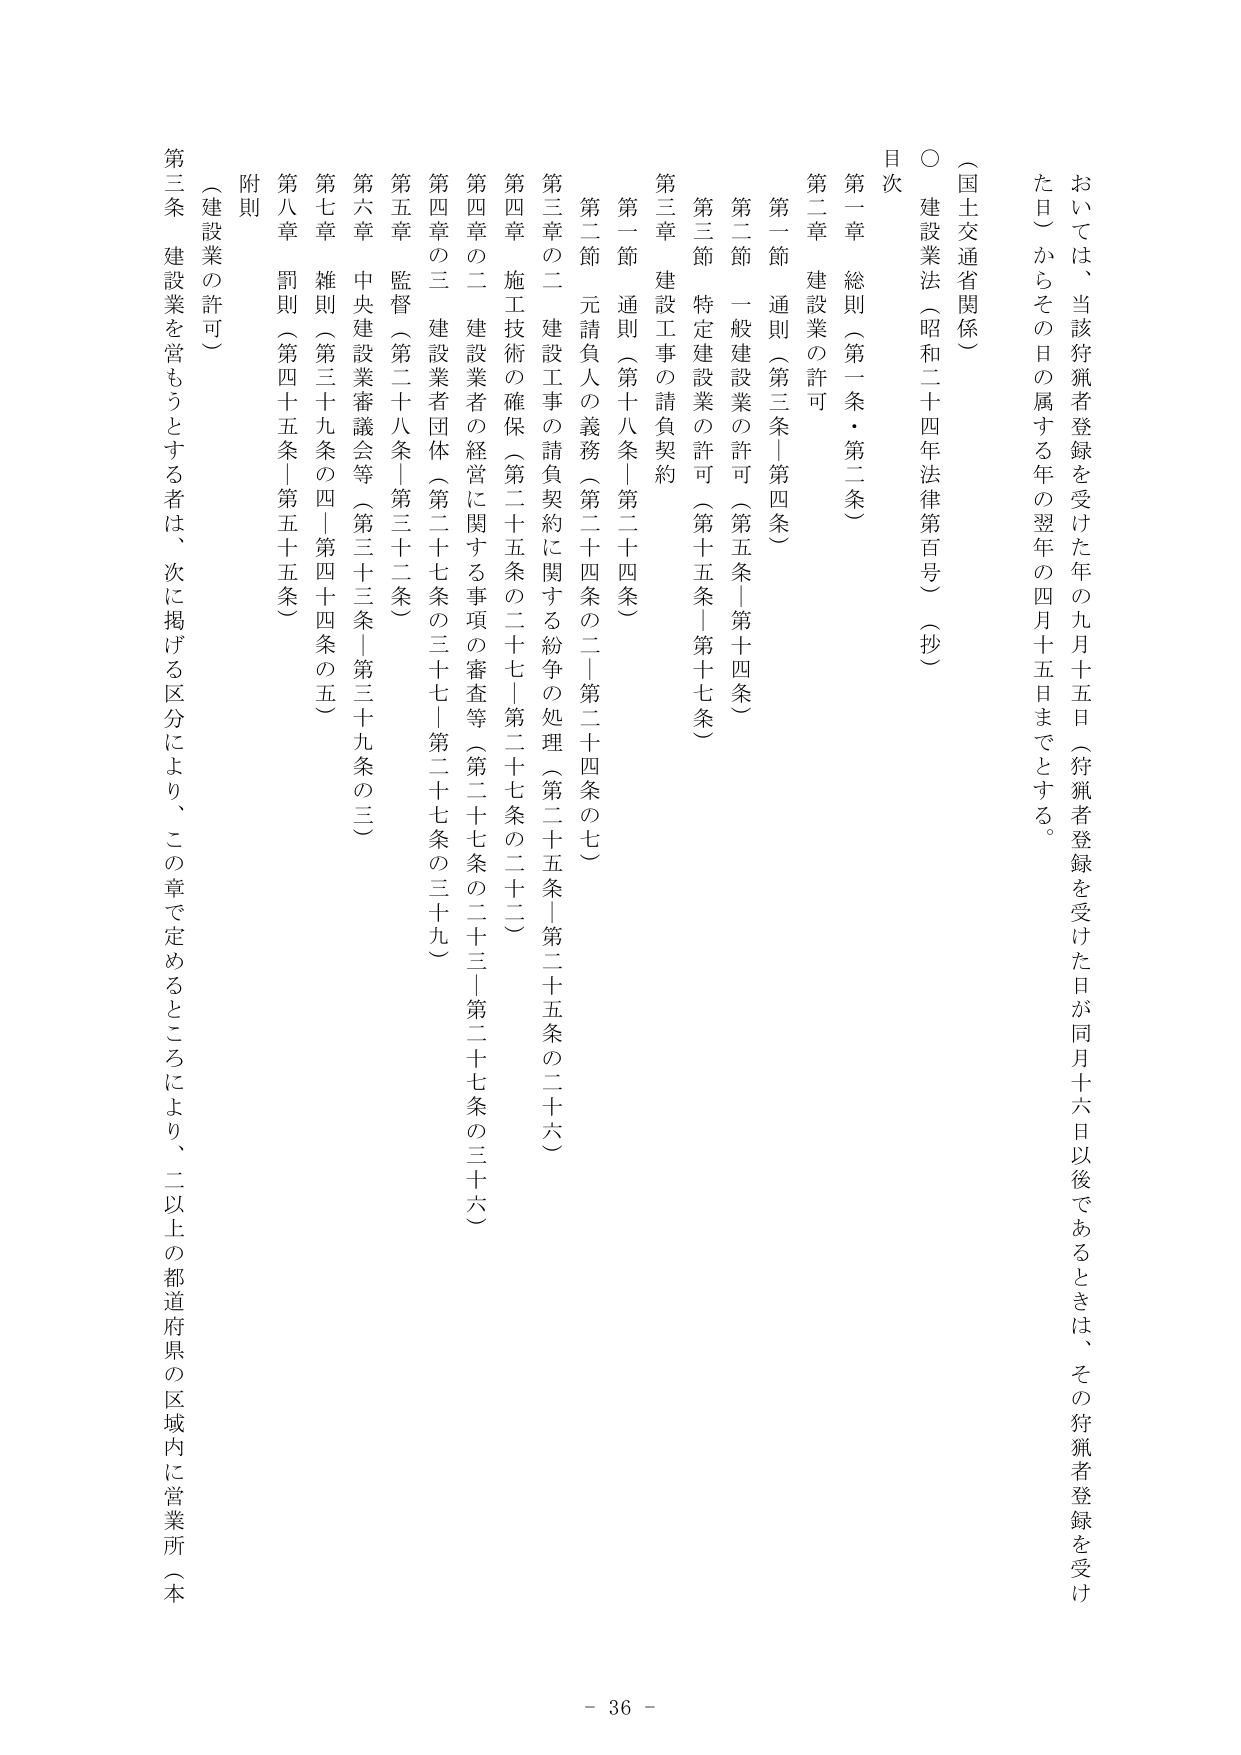
おいては、当該狩猟者登録を受けた年の九月十五日（狩猟者登録を受けた日が同月十六日以後であるときは、その狩猟者登録を受けた日）からその日の属する年の翌年の四月十五日までとする。

○ 建設業法（昭和二十四年法律第百号）（抄）

目次

第一章 総則（第一条・第二条）

第二章 建設業の許可

第一節 通則（第三条－第四条）

第二節 一般建設業の許可（第五条－第十四条）

第三節 特定建設業の許可（第十五条－第十七条）

第三章 建設工事の請負契約

第一節 通則（第十八条－第二十四条）

第二節 元請負人の義務（第二十四条の二－第二十四条の七）

第三章の二 建設工事の請負契約に関する紛争の処理（第二十五条－第二十五条の二十六）

第四章 施工技術の確保（第二十五条の二十七－第二十七条の二十二）

第四章の二 建設業者の経営に関する事項の審査等（第二十七条の二十三－第二十七条の三十六）

第五章 監督（第二十八条－第三十二条）

第六章 中央建設業審議会等（第三十三条－第三十九条の三）

第七章 雑則（第三十九条の四－第四十四条の五）

第八章 罰則（第四十五条－第五十五条）

附則

（建設業の許可）

第三条 建設業を営もうとする者は、次に掲げる区分により、この章で定めるところにより、二以上の都道府県の区域内に営業所（本

- 36 -